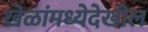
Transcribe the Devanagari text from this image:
खेळांमध्येदेखील